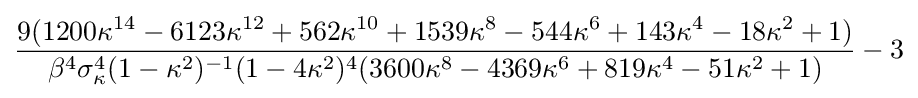
{\frac {9(1200\kappa ^{14}-6123\kappa ^{12}+562\kappa ^{10}+1539\kappa ^{8}-544\kappa ^{6}+143\kappa ^{4}-18\kappa ^{2}+1)}{\beta ^{4}\sigma _{\kappa }^{4}(1-\kappa ^{2})^{-1}(1-4\kappa ^{2})^{4}(3600\kappa ^{8}-4369\kappa ^{6}+819\kappa ^{4}-51\kappa ^{2}+1)}}-3